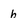
Character: h